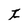
Character: t